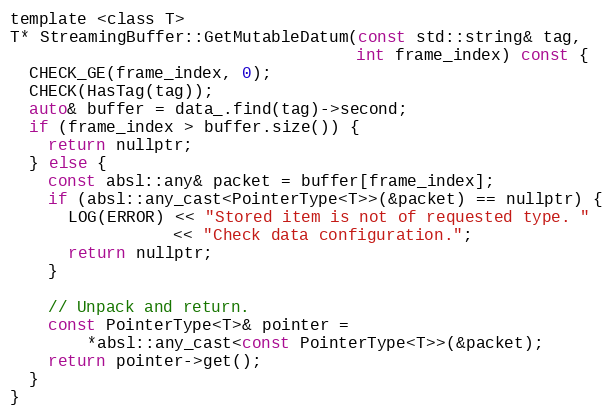
Language: C
template <class T>
T* StreamingBuffer::GetMutableDatum(const std::string& tag,
                                    int frame_index) const {
  CHECK_GE(frame_index, 0);
  CHECK(HasTag(tag));
  auto& buffer = data_.find(tag)->second;
  if (frame_index > buffer.size()) {
    return nullptr;
  } else {
    const absl::any& packet = buffer[frame_index];
    if (absl::any_cast<PointerType<T>>(&packet) == nullptr) {
      LOG(ERROR) << "Stored item is not of requested type. "
                 << "Check data configuration.";
      return nullptr;
    }

    // Unpack and return.
    const PointerType<T>& pointer =
        *absl::any_cast<const PointerType<T>>(&packet);
    return pointer->get();
  }
}